Civil Veterinary Department Bihar reports 1936-40 - 1936-1940
Year: 1936
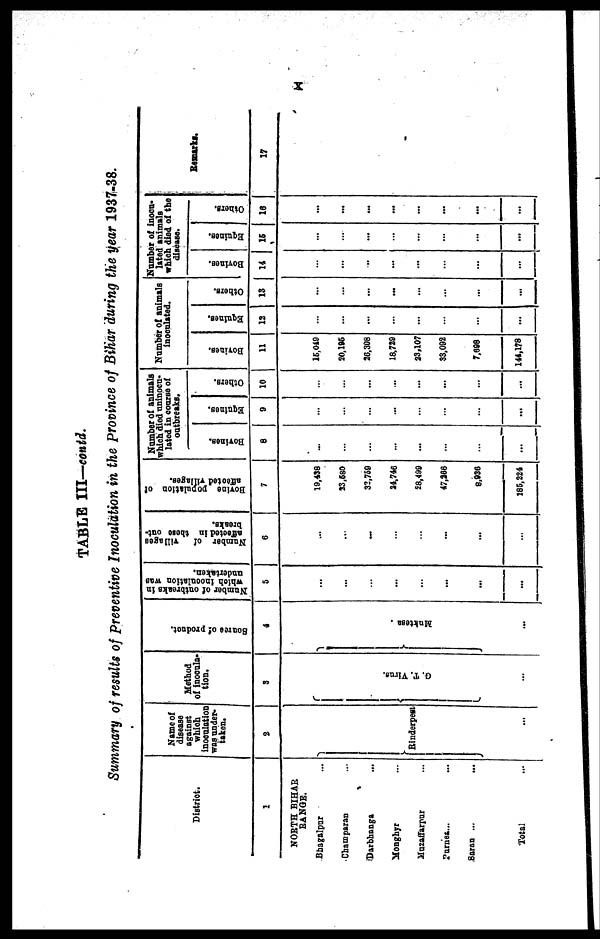
x
TABLE III—contd.
Summary of results of Preventive Inoculation in the province of Bihar during the year 1937-38.
District.
1
NORTH BIHAR
RANGE.
Bhagalpur ...
Champaran ...
Darbbanga ...
Mongbyr ...
Muzaffarpur ...
Purner ... ...
Saran ... ...
Total ...
Name of
disease
against
which
inoculation
was under-
taken.
2
Rinderpest
...
Method
of inoouia-
tion.
3
G. T. Vi r us.
...
Soarcs
of product.
4
Mukte s a
...
Number of outbreaks in
which
inoculation was
undertaken.
5
...
...
...
...
...
...
...
...
Number of
villages
affected in these out-
breaks.
6
...
...
...
...
...
...
...
...
Bovine
population of
affected villages.
7
19,438
23,680
31,758
24,746
28,499
47,366
8,938
185,224
Number of animals
which died uninocu-
lated in course of
outbreaks.
Bovines.
8
...
...
...
...
...
...
...
...
Equines.
9
...
...
...
...
...
...
...
...
Others.
10
...
...
...
...
...
...
...
...
Number of animals
inoculated.
Bovines.
11
15,049
20,195
20,308
18,739
23,107
33,092
7,698
144,178
Equines.
12
...
...
...
...
...
...
...
...
Others.
13
...
...
...
...
...
...
...
...
Number of inocu-
lated animals
which died of the
disease.
Bovines.
14
...
...
...
...
...
...
...
...
Equines.
15
...
...
...
...
...
...
...
...
Others.
16
...
...
...
...
...
...
...
...
Remarks.
17